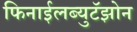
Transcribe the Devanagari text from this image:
फिनाईलब्युटॅझोन